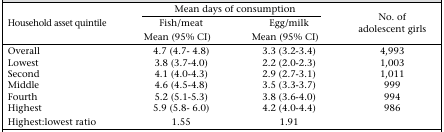
<table><thead><tr><td rowspan="2"><b>Household asset quintile</b></td><td colspan="2"><b>Mean days of consumption</b></td><td rowspan="2"><b>No. of adolescent girls</b></td></tr><tr><td><b>Fish/meat Mean (95% CI)</b></td><td><b>Egg/milk Mean (95% CI)</b></td></tr></thead><tbody><tr><td>Overall</td><td>4.7 (4.7–4.8)</td><td>3.3 (3.2–3.4)</td><td>4,993</td></tr><tr><td>Lowest</td><td>3.8 (3.7–4.0)</td><td>2.2 (2.0–2.3)</td><td>1,003</td></tr><tr><td>Second</td><td>4.1 (4.0–4.3)</td><td>2.9 (2.7–3.1)</td><td>1,011</td></tr><tr><td>Middle</td><td>4.6 (4.5–4.8)</td><td>3.5 (3.3–3.7)</td><td>999</td></tr><tr><td>Fourth</td><td>5.2 (5.1–5.3)</td><td>3.8 (3.6–4.0)</td><td>994</td></tr><tr><td>Highest</td><td>5.9 (5.8–6.0)</td><td>4.2 (4.0–4.4)</td><td>986</td></tr><tr><td>Highest:lowest ratio</td><td>1.55</td><td>1.91</td><td></td></tr></tbody></table>